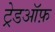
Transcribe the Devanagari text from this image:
ट्रेडऑफ़